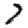
Digit: 7